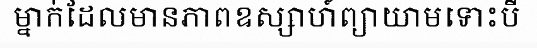
ម្នាក់ដែលមានភាពឧស្សាហ៍ព្យាយាមទោះបី